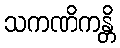
သကဏိကန္တိ